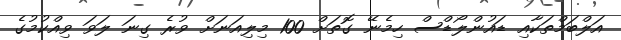
އަލްބަމްތަކާއި ޑައުންލޯޑްސް ހިމެނޭ ގޮތަށް 100 މިލިއަނަށް ވުރެ ގިނަ ލަވަ ވިއްކުމުގެ